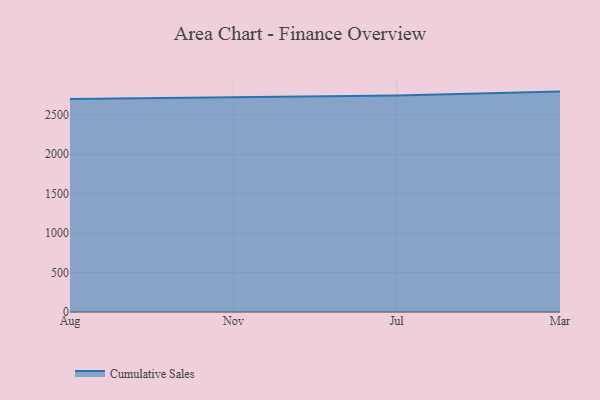
{"axis": {"x": "Month", "y": "Net Income (USD K)"}, "legend": ["Cumulative Sales"], "data": [{"x": "Aug", "y": 2700.0, "type": "Cumulative Sales"}, {"x": "Nov", "y": 2721.6, "type": "Cumulative Sales"}, {"x": "Jul", "y": 2745.3, "type": "Cumulative Sales"}, {"x": "Mar", "y": 2794.8, "type": "Cumulative Sales"}]}